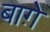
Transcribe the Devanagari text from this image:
बाग़े